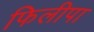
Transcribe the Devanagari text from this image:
फिलीपा